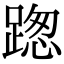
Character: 𨂴